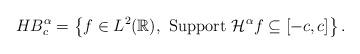
LaTeX: \begin{align*}HB^\alpha_c=\left \{ f\in L^2(\mathbb R),\,\, \mbox{Support } \mathcal{H}^{\alpha}f\subseteq [-c,c] \right\}.\end{align*}